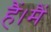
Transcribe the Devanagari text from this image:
हैं।मैं